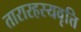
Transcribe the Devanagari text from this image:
तारारहस्यवृत्ति